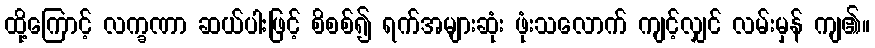
ထို့ကြောင့် လက္ခဏာ ဆယ်ပါးဖြင့် စိစစ်၍ ရက်အများဆုံး ဖုံးသလောက် ကျင့်လျှင် လမ်းမှန် ကျ၏။